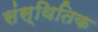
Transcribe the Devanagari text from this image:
संस्थितिक